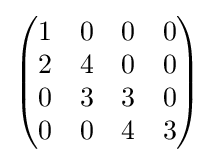
{\begin{pmatrix}1&0&0&0\\2&4&0&0\\0&3&3&0\\0&0&4&3\\\end{pmatrix}}